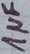
Text: 1µF